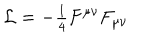
LaTeX: { \cal L } = { \textstyle - \frac { 1 } { 4 } } F ^ { \mu \nu } F _ { \mu \nu }